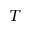
T